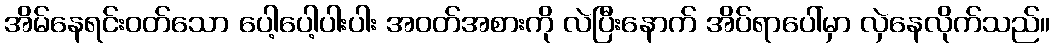
အိမ်နေရင်းဝတ်သော ပေါ့ပေါ့ပါးပါး အဝတ်အစားကို လဲပြီးနောက် အိပ်ရာပေါ်မှာ လှဲနေလိုက်သည်။